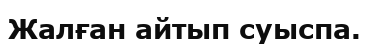
Жалған айтып суыспа.